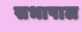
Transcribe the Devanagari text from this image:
सभापाल